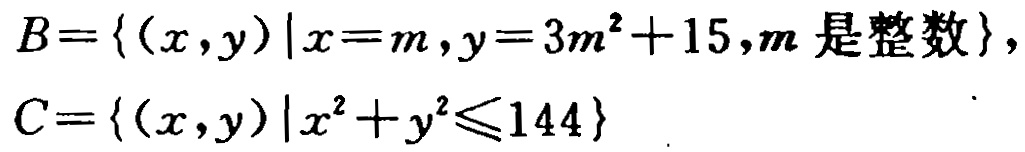
\[

\begin{align*}

B&=\{(x,y)|x = m,y = 3m^{2}+15,m\text{ 是整数}\},\\

C&=\{(x,y)|x^{2}+y^{2}\leq144\}

\end{align*}

\]